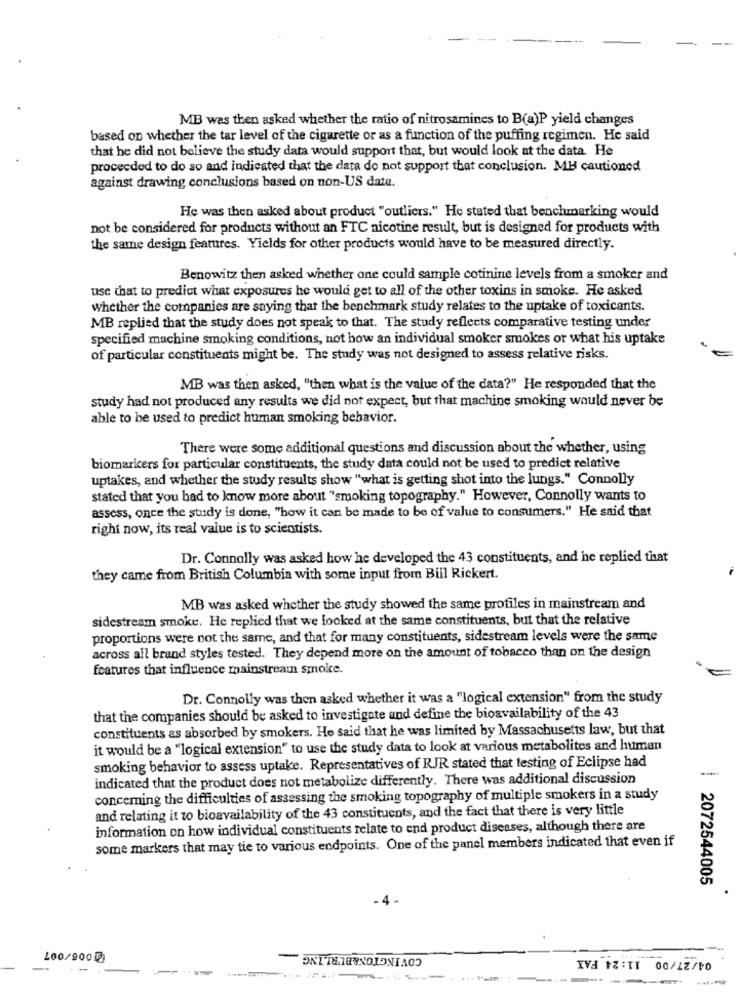
MB was then asked whether the ratio of nitrosamines to B(a)P yield changes
based on whether the tar level of the cigarette or as a function of the puffing regimen. He said
that he did not believe the study data would support that, but would look at the data. He
proceeded to do so and indicated that the data do not support that conclusion. MH cautioned
against drawing conclusions based on non-US date.
He was then asked about product "outliers." He stated that benchmarking would
not be considered for products without an FTC nicotine result, but is designed for products with
the same design features. Yields for other products would have to be measured directly.
Benowitz then asked whether one could sample cotinine levels from a smoker and
use that to predict what exposures he would get to all of the other toxins in smoke. He asked
whether the companies are saying that the benchmark study relates to the uptake of toxicants.
MB replied that the study does not speak to that. The study reflects comparative testing under
specified machine smoking conditions, not how an individual smoker smokes or what his uptake
of particular constituents might be. The study was not designed to assess relative risks.
MB was then asked, "then what is the value of the data?" He responded that the
study had not produced any results we did not expect, but that machine smoking would never be
able to be used to predict human smoking behavior.
There were some additional questions and discussion about the whether, using
biomarkers for particular constituents, the study data could not be used to predict relative
uptakes, and whether the study results show "what is getting shot into the lungs." Connolly
stated that you had to know more about "smoking topography." However, Connolly wants to
assess, once the study is done, "how it can be made to be of value to consumers." He said that
right now, its real value is to scientists.
Dr. Connolly was asked how he developed the 43 constituents, and he replied that
they came from British Columbia with some input from Bill Rickert.
MB was asked whether the study showed the same profiles in mainstream and
sidestream smoke. He replied that we looked at the same constituents, but that the relative
proportions were not the same, and that for many constituents, sidestream levels were the same
across all brand styles tested. They depend more on the amount of tobacco than on the design
features that influence mainstream smoke.
Dr. Connolly was then asked whether it was a "logical extension" from the study
that the companies should be asked to investigate and define the bioavailability of the 43
constituents as absorbed by smokers. He said that he was limited by Massachusetts law, but that
it would be a "logical extension" to use the study data to look at various metabolites and human
smoking behavior to assess uptake. Representatives of RJR stated that testing of Eclipse had
indicated that the product does not metabolize differently. There was additional discussion
concerning the difficulties of assessing the smoking topography of multiple smokers in a study
and relating it to bioavailability of the 43 constituents, and the fact that there is very little
information on how individual constituents relate to end product diseases, although there are
some markers that may tie to various endpoints. One of the panel members indicated that even if
2072544005
COVINGTON&BURLING
04/27/00 11:24 FAX
100/900
-
. ----